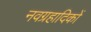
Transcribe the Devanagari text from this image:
नवग्रहादिकों